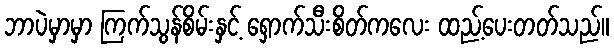
ဘာပဲမှာမှာ ကြက်သွန်စိမ်းနှင့် ရှောက်သီးစိတ်ကလေး ထည့်ပေးတတ်သည်။